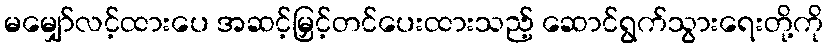
မမျှော်လင့်ထားပေ အဆင့်မြှင့်တင်ပေးထားသည့် ဆောင်ရွက်သွားရေးတို့ကို